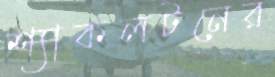
শ্যাকলটনের